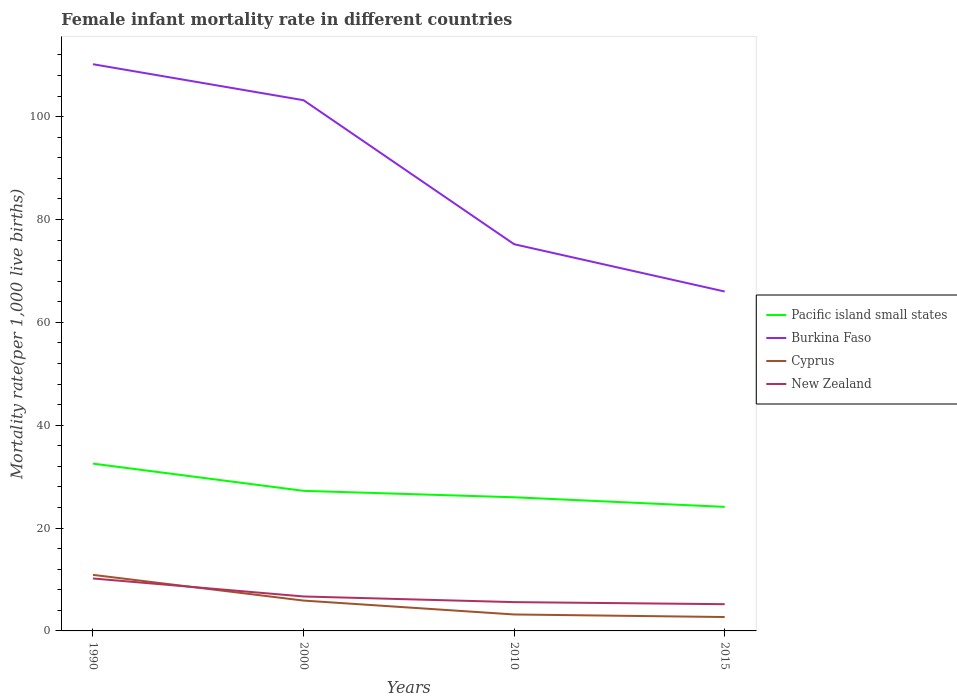
| Years | Pacific island small states | Burkina Faso | Cyprus | New Zealand |
 | --- | --- | --- | --- | --- |
 | 1990 | 32.5 | 110 | 10.9 | 10.2 |
 | 2000 | 27.2 | 103 | 5.9 | 6.7 |
 | 2010 | 26 | 75.2 | 3.2 | 5.6 |
 | 2015 | 24.1 | 66 | 2.7 | 5.2 |